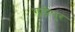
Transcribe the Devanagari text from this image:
गड़ीपुर